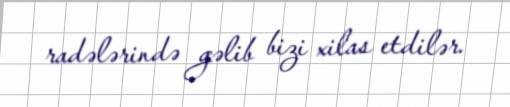
radələrində gəlib bizi xilas etdilər.